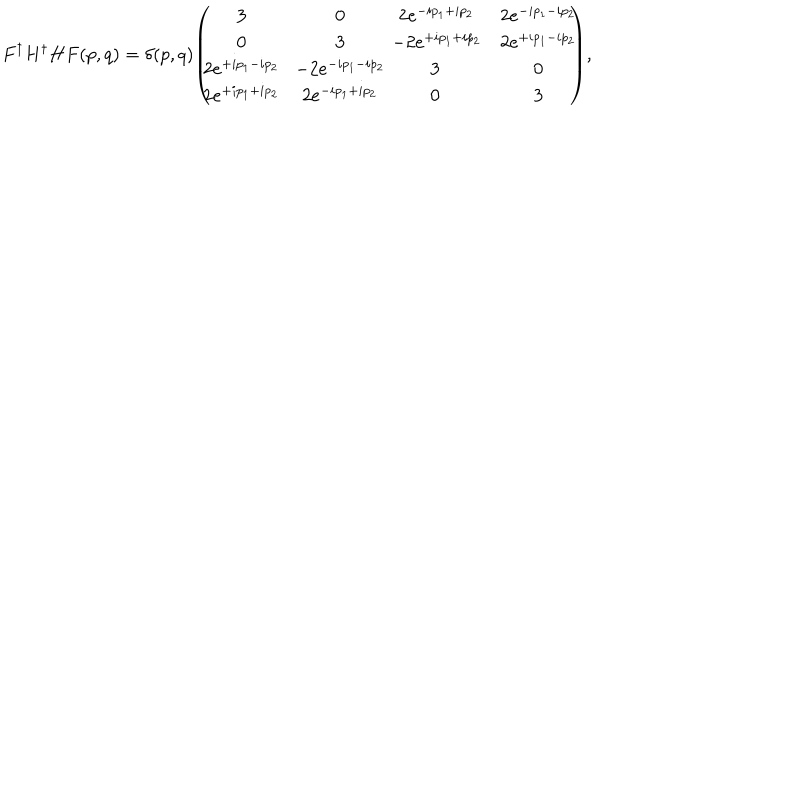
F ^ { \dagger } H ^ { \dagger } H F ( p , q ) = \delta ( p , q ) \! \left( \! \! \! \begin{array} { c c c c } { { 3 } } & { { \! 0 } } & { { \! \! \! \! 2 e ^ { - i p _ { 1 } + i p _ { 2 } } } } & { { 2 e ^ { - i p _ { 1 } - i p _ { 2 } } } } \\ { { 0 } } & { { \! 3 } } & { { \! \! \! \! - 2 e ^ { + i p _ { 1 } + i p _ { 2 } } } } & { { 2 e ^ { + i p _ { 1 } - i p _ { 2 } } } } \\ { { 2 e ^ { + i p _ { 1 } - i p _ { 2 } } } } & { { \! - 2 e ^ { - i p _ { 1 } - i p _ { 2 } } } } & { { \! \! \! \! 3 } } & { { 0 } } \\ { { 2 e ^ { + i p _ { 1 } + i p _ { 2 } } } } & { { \! 2 e ^ { - i p _ { 1 } + i p _ { 2 } } } } & { { \! \! \! \! 0 } } & { { 3 } } \\ \end{array} \! \! \! \right) \! ,